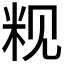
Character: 𬖑